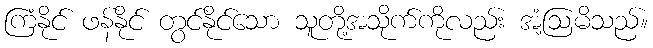
ကြံနိုင် ဖန်နိုင် တွင်နိုင်သော သူတို့အသိုက်ကိုလည်း အံ့ဩမိသည်။